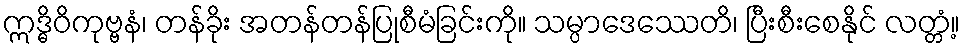
ဣဒ္ဓိဝိကုဗ္ဗနံ၊ တန်ခိုး အတန်တန်ပြုစီမံခြင်းကို။ သမ္ပာဒေဿေတိ၊ ပြီးစီးစေနိုင် လတ္တံ့။